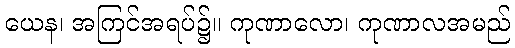
ယေန၊ အကြင်အရပ်၌။ ကုဏာလော၊ ကုဏာလအမည်